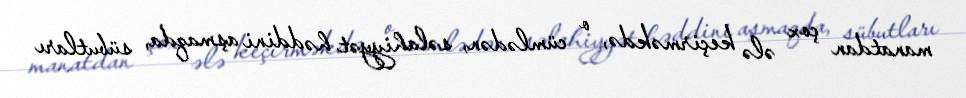
manatdan çox ələ keçirməkdə, o cümlədən, səlahiyyət həddini aşmaqda, sübutları